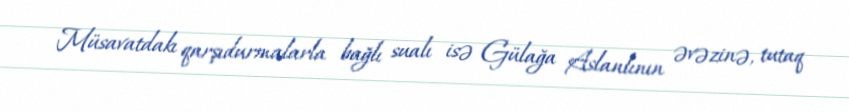
Müsavatdakı qarşıdurmalarla bağlı sualı isə Gülağa Aslanlının əvəzinə, tutaq